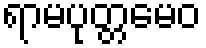
ရာမပုတ္တမေဝ